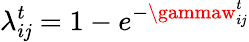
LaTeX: \lambda_{i\mathit{j}}^{t}=1-e^{-\gammaw_{i\mathit{j}}^{t}}